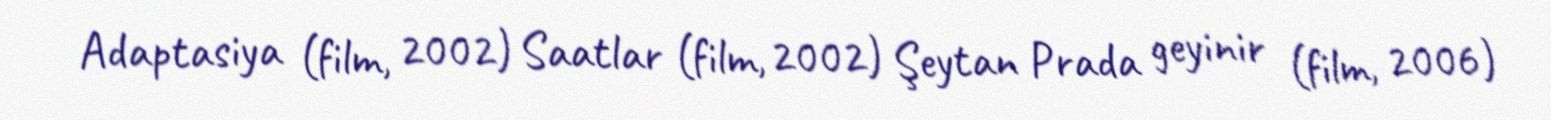
Adaptasiya (film, 2002) Saatlar (film, 2002) Şeytan Prada geyinir (film, 2006)